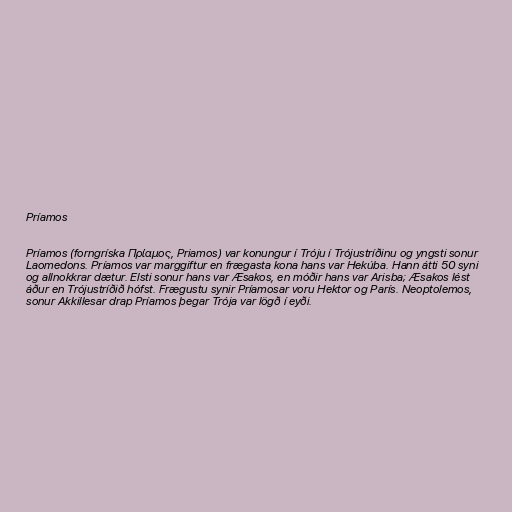
Príamos

Príamos (forngríska Πρίαμος, Priamos) var konungur í Tróju í Trójustríðinu og yngsti sonur
Laomedons. Príamos var marggiftur en frægasta kona hans var Hekúba. Hann átti 50 syni
og allnokkrar dætur. Elsti sonur hans var Æsakos, en móðir hans var Arisba; Æsakos lést
áður en Trójustríðið hófst. Frægustu synir Príamosar voru Hektor og París. Neoptolemos,
sonur Akkillesar drap Príamos þegar Trója var lögð í eyði.